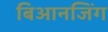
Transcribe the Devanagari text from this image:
बिआनजिंग